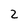
Character: 2